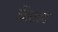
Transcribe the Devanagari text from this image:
निखव